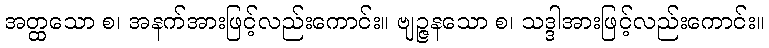
အတ္ထသော စ၊ အနက်အားဖြင့်လည်းကောင်း။ ဗျဉ္ဇနသော စ၊ သဒ္ဒါအားဖြင့်လည်းကောင်း။